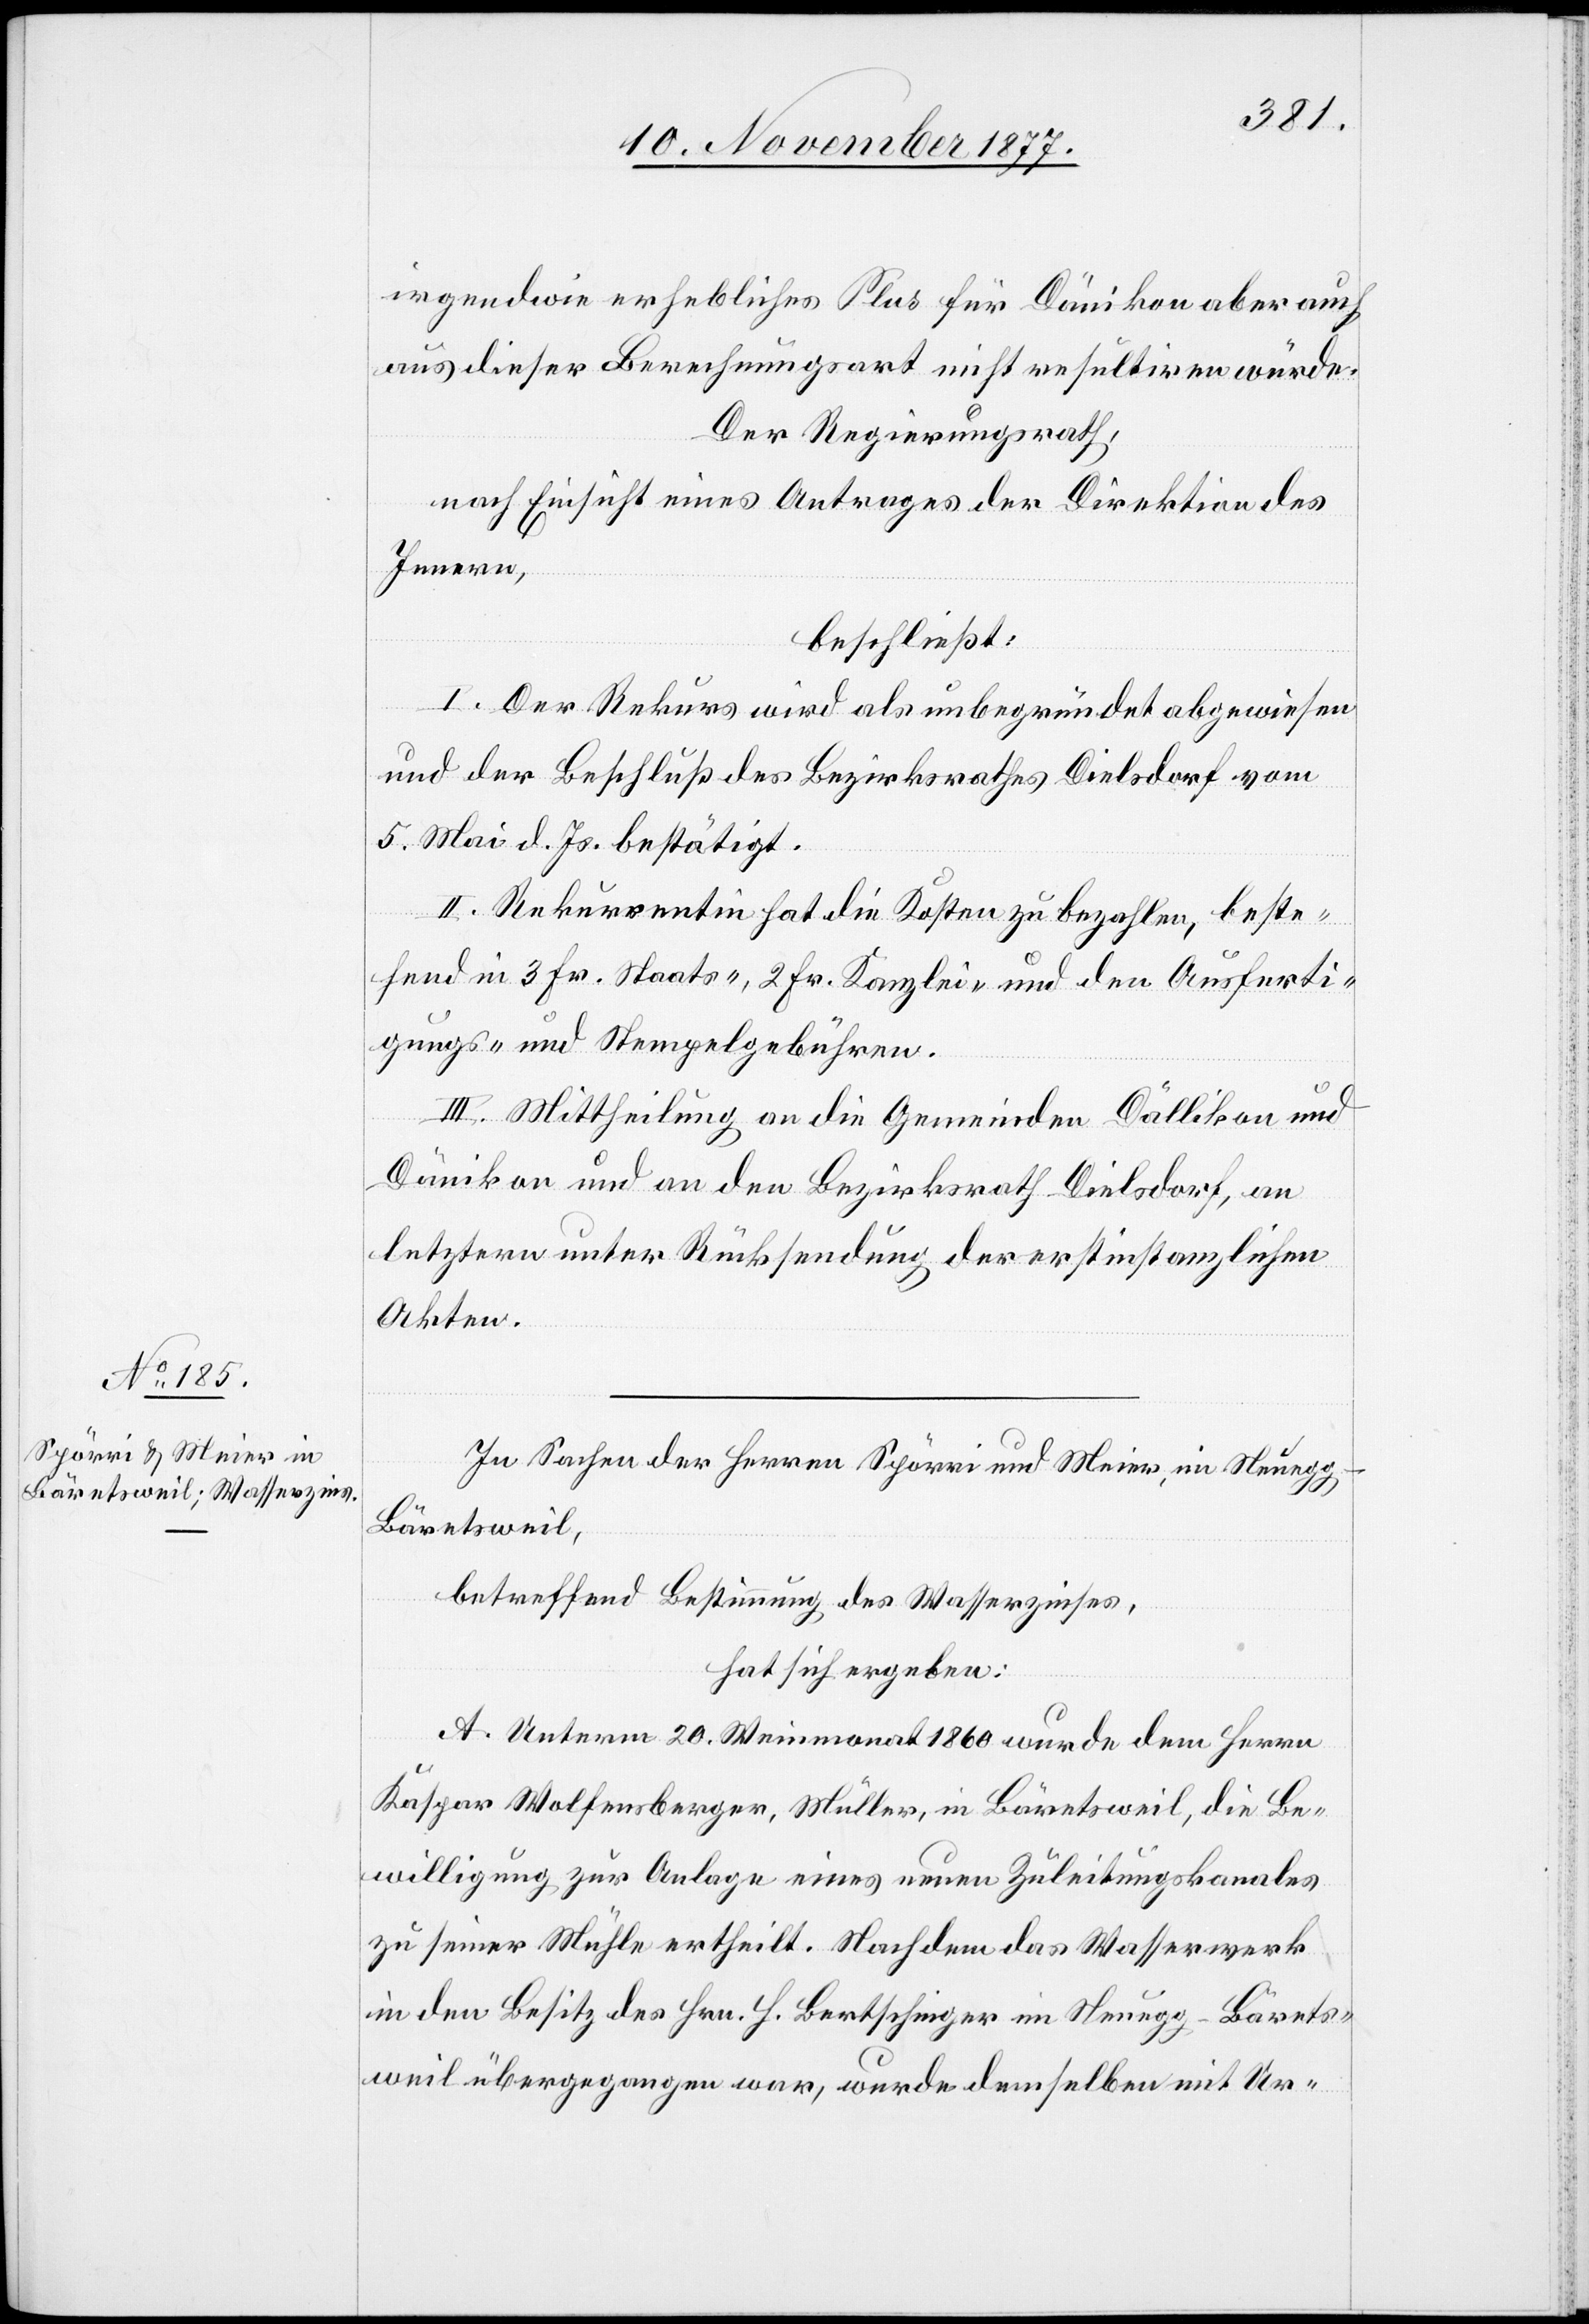
In Sachen der Herren Spörri und Meier, im Neuegg
Bäretsweil,
betreffend Bestimmung des Wasserzinses,
hat sich ergeben:
A. Unterm 20. Weinmonat 1860 wurde dem Herrn
Kaspar Wolfensberger, Müller, in Bäretsweil, die Be¬
willigung zur Anlage eines neuen Zuleitungskanales
zu seiner Mühle ertheilt. Nachdem das Wasserwerk
in den Besitz des Hrn. H. Bertschinger im Neuegg - Bärets¬
weil übergegangen war, wurde demselben mit Ur-